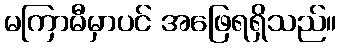
မကြာမီမှာပင် အဖြေရရှိသည်။